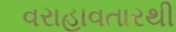
વરાહાવતારથી